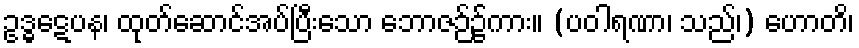
ဥဒ္ဓဋေပန၊ ထုတ်ဆောင်အပ်ပြီးသော ဘောဇဉ်၌ကား။ (ပဝါရဏာ၊ သည်၊) ဟောတိ၊